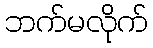
ဘက်မလိုက်